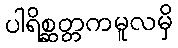
ပါရိစ္ဆတ္တကမူလမှိ